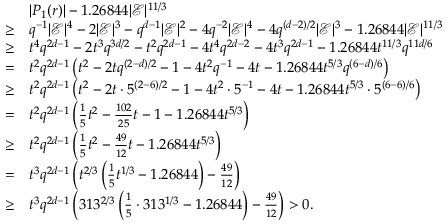
\begin{array} { r l } & { | P _ { 1 } ( r ) | - 1 . 2 6 8 4 4 | \mathcal { E } | ^ { 1 1 / 3 } } \\ { \geq } & { q ^ { - 1 } | \mathcal { E } | ^ { 4 } - 2 | \mathcal { E } | ^ { 3 } - q ^ { d - 1 } | \mathcal { E } | ^ { 2 } - 4 q ^ { - 2 } | \mathcal { E } | ^ { 4 } - 4 q ^ { ( d - 2 ) / 2 } | \mathcal { E } | ^ { 3 } - 1 . 2 6 8 4 4 | \mathcal { E } | ^ { 1 1 / 3 } } \\ { \geq } & { t ^ { 4 } q ^ { 2 d - 1 } - 2 t ^ { 3 } q ^ { 3 d / 2 } - t ^ { 2 } q ^ { 2 d - 1 } - 4 t ^ { 4 } q ^ { 2 d - 2 } - 4 t ^ { 3 } q ^ { 2 d - 1 } - 1 . 2 6 8 4 4 t ^ { 1 1 / 3 } q ^ { 1 1 d / 6 } } \\ { = } & { t ^ { 2 } q ^ { 2 d - 1 } \left( t ^ { 2 } - 2 t q ^ { ( 2 - d ) / 2 } - 1 - 4 t ^ { 2 } q ^ { - 1 } - 4 t - 1 . 2 6 8 4 4 t ^ { 5 / 3 } q ^ { ( 6 - d ) / 6 } \right) } \\ { \geq } & { t ^ { 2 } q ^ { 2 d - 1 } \left( t ^ { 2 } - 2 t \cdot 5 ^ { ( 2 - 6 ) / 2 } - 1 - 4 t ^ { 2 } \cdot 5 ^ { - 1 } - 4 t - 1 . 2 6 8 4 4 t ^ { 5 / 3 } \cdot 5 ^ { ( 6 - 6 ) / 6 } \right) } \\ { = } & { t ^ { 2 } q ^ { 2 d - 1 } \left( \frac { 1 } { 5 } t ^ { 2 } - \frac { 1 0 2 } { 2 5 } t - 1 - 1 . 2 6 8 4 4 t ^ { 5 / 3 } \right) } \\ { \geq } & { t ^ { 2 } q ^ { 2 d - 1 } \left( \frac { 1 } { 5 } t ^ { 2 } - \frac { 4 9 } { 1 2 } t - 1 . 2 6 8 4 4 t ^ { 5 / 3 } \right) } \\ { = } & { t ^ { 3 } q ^ { 2 d - 1 } \left( t ^ { 2 / 3 } \left( \frac { 1 } { 5 } t ^ { 1 / 3 } - 1 . 2 6 8 4 4 \right) - \frac { 4 9 } { 1 2 } \right) } \\ { \geq } & { t ^ { 3 } q ^ { 2 d - 1 } \left( 3 1 3 ^ { 2 / 3 } \left( \frac { 1 } { 5 } \cdot 3 1 3 ^ { 1 / 3 } - 1 . 2 6 8 4 4 \right) - \frac { 4 9 } { 1 2 } \right) > 0 . } \end{array}